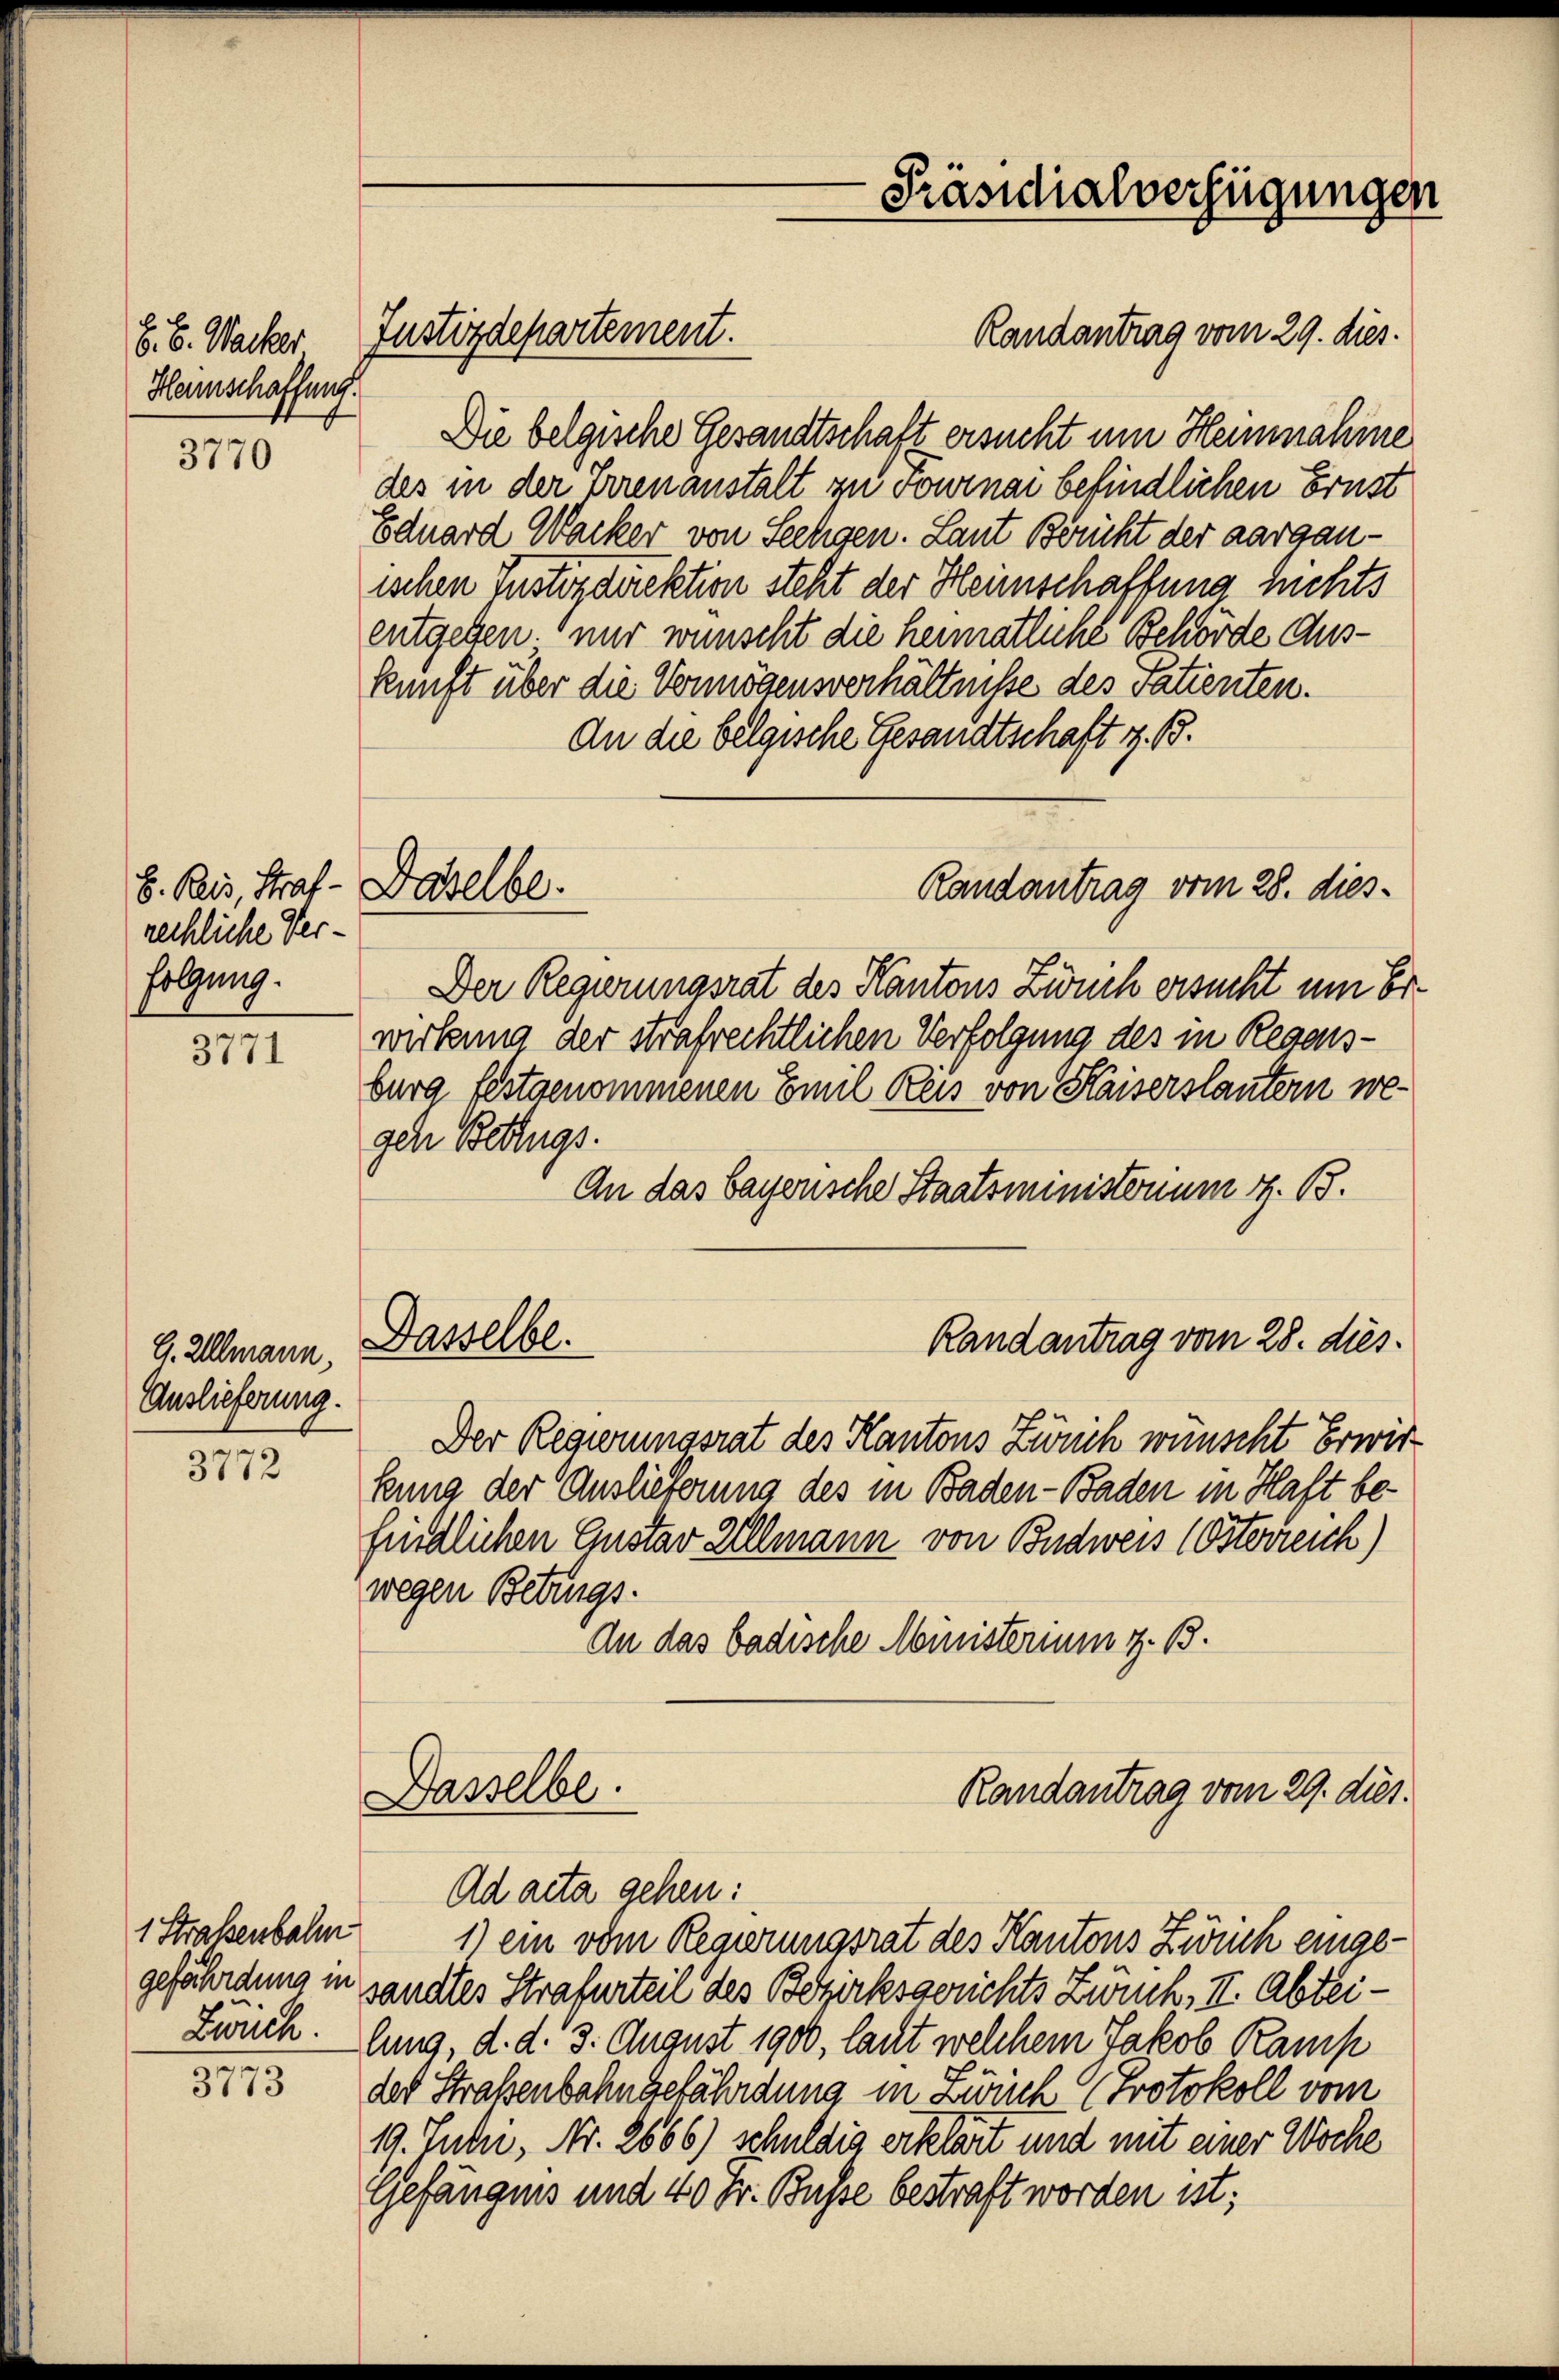
E. E. Wacker.
Hennschaffung.

3770

3771

3772

3773

rechliche Verfolgung.

G. Allmann,
Auslieferung.

1 Straßenbahn
gefährdung in

E. Beis, Straf - Daselbe.

Die belgische Gesandtschaft ersucht um Heinnahme
des in der Errenanstalt zu Tournai befindlichen Ernst
Eduard Wacker von Seeligen. Laut Bericht der aargauischen instordirektion steht der Heimschaffung nichts
entgeben. nur wünscht die heimatliche Behörde Auskunft über die Vermögensverhältnisse des Satienten.
An die belgische Gesandtschaft z. B.
Der Regierungsrat des Kantons Zweck ersucht um Erwirkung der strafrechtlichen Verfolgung des in Regensburg festgenommenen Emil Reis von Kaiserstautern wegen Betrugs.
An das bayerische Staatsministerium z. B.
Dasselbe.
Randantrag vom 28. dies.
Der Regierungsrat des Kantons Zürich wünscht Erwir
kung der Auslieferung des in Baden-Baden in Haft befindlichen Gustav Allmann von Budweis (Österreich)
wegen Betrugs.
An das badische Ministerium z. B.

Justizdepartement.

Randantrag vom 29. dies.

Randantrag vom 29. dies.
Dasselbe.

Präsidialverfügungen

Randantrag vom 28. dies¬

Ad acta gehen:
1) ein vom Regierungsrat des Kantons Zürich eingesandtes Strafurteil des Bezirksgerichts Zweck, II. Abtei¬
Zwicklung, d. d. 3. August 1900, lacht welchem Jakob Ramp
der Straßenbahngefährdung in Zürich Protokoll vom
19. Julii, Nr. 2666) schuldig erklärt und mit einer Woche
Gefängnis und 40 Fr. Busse bestraft worden ist;